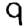
Digit: 9